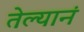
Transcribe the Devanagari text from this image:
तेल्यानं